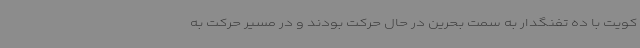
کویت با ده تفنگدار به سمت بحرین در حال حرکت بودند و در مسیر حرکت به